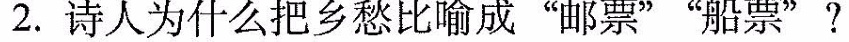
2.诗人为什么把乡愁比喻成”邮票””船票”?